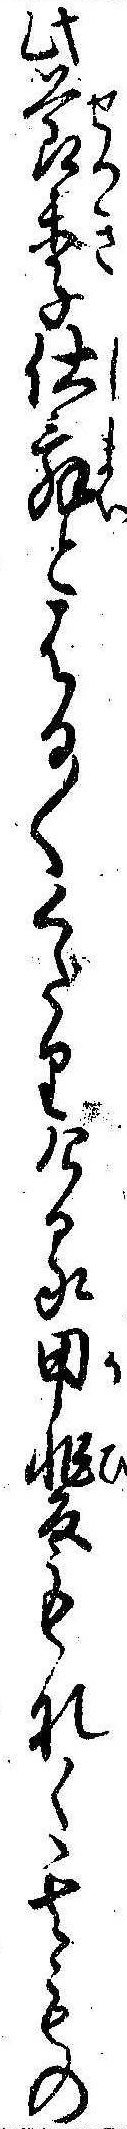
此節季仕舞とはる〱くだりける甲斐もなく其もの